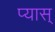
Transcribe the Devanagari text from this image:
प्यास्